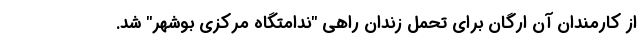
از کارمندان آن ارگان برای تحمل زندان راهی "ندامتگاه مرکزی بوشهر" شد.